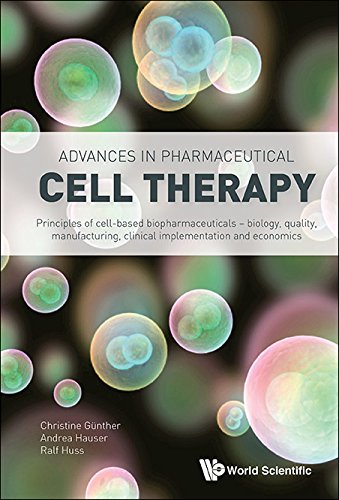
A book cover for Advances in Pharmaceutical Cell Therapy: Principles of Cell-Based Biopharmaceuticals; Ralf Huss; Medical Books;